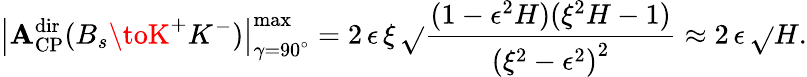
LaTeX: \left|{\cal\mathbf{A}}_{\mathrm{{CP}}}^{\mathrm{{dir}}}(B_{s}\toK^{+}K^{-})\right|_{\gamma=90^{\circ}}^{\mathrm{{max}}}=2\, \epsilon\, \xi\, \sqrt{}{{\frac{{(1-\epsilon^{2}H)(\xi^{2}H-1)}}{{\left(\xi^{2}-\epsilon^{2}\right)^{2}}}}}\approx2\, \epsilon\, \sqrt{}{{H}}.